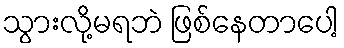
သွားလို့မရဘဲ ဖြစ်နေတာပေါ့